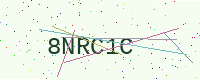
Text: 8NRC1C